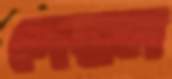
দেয়ল